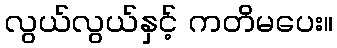
လွယ်လွယ်နှင့် ကတိမပေး။